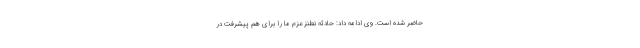
حاضر شده است. وی ادامه داد: حادثه نطنز عزم ما را برای هم پیشرفت در